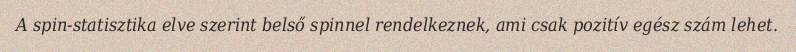
A spin-statisztika elve szerint belső spinnel rendelkeznek, ami csak pozitív egész szám lehet.